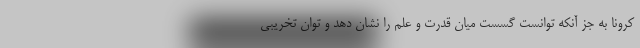
کرونا به جز آنکه توانست گسست میان قدرت و علم را نشان دهد و توان تخریبی